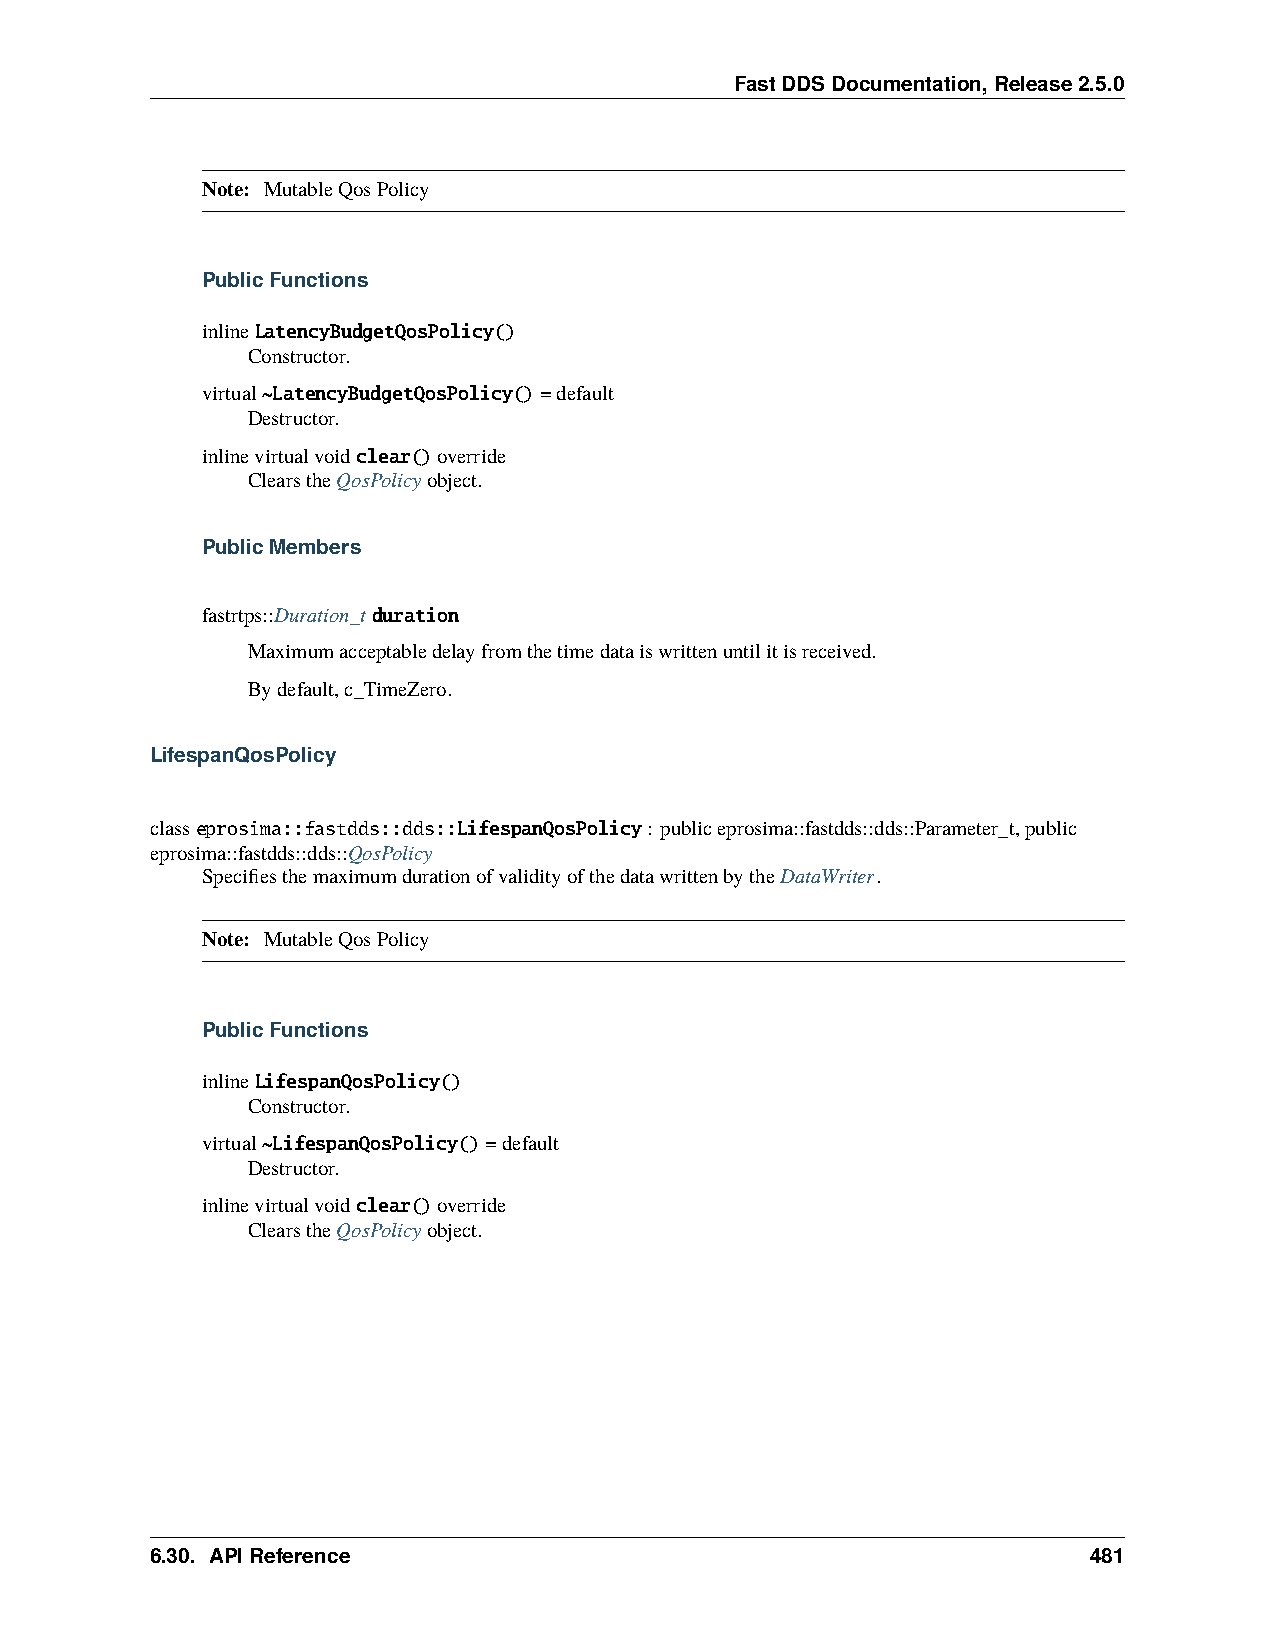
FastDDSDocumentation,Release2.5.0
 Note: MutableQosPolicy
 PublicFunctions
 inlineLatencyBudgetQosPolicy()
 Constructor.
 virtual~LatencyBudgetQosPolicy()=default
 Destructor.
 inlinevirtualvoidclear()override
 ClearstheQosPolicyobject.
 PublicMembers
 fastrtps::Duration_tduration
 Maximumacceptabledelayfromthetimedataiswrittenuntilitisreceived.
 Bydefault,c_TimeZero.
 LifespanQosPolicy
 classeprosima::fastdds::dds::LifespanQosPolicy: publiceprosima::fastdds::dds::Parameter_t,public
 eprosima::fastdds::dds::QosPolicy
 SpecifiesthemaximumdurationofvalidityofthedatawrittenbytheDataWriter.
 Note: MutableQosPolicy
 PublicFunctions
 inlineLifespanQosPolicy()
 Constructor.
 virtual~LifespanQosPolicy()=default
 Destructor.
 inlinevirtualvoidclear()override
 ClearstheQosPolicyobject.
 6.30. APIReference                                            481